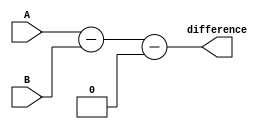
module carry_lookahead_subtractor (
  input [7:0] A, // 8-bit input A
  input [7:0] B, // 8-bit input B
  output reg [7:0] difference // 8-bit output difference
);

wire [7:0] carry_in;
wire [8:0] carry_out;

assign carry_in = 1'b0; // initial carry in is 0 

assign carry_out[0] = carry_in;

assign carry_out[1] = A[0] & B[0];

assign carry_out[2] = A[1] & B[1] | (A[1] & carry_out[1]) | (B[1] & carry_out[1]);

assign carry_out[3] = A[2] & B[2] | (A[2] & carry_out[2]) | (B[2] & carry_out[2]);

assign carry_out[4] = A[3] & B[3] | (A[3] & carry_out[3]) | (B[3] & carry_out[3]);

assign carry_out[5] = A[4] & B[4] | (A[4] & carry_out[4]) | (B[4] & carry_out[4]);

assign carry_out[6] = A[5] & B[5] | (A[5] & carry_out[5]) | (B[5] & carry_out[5]);

assign carry_out[7] = A[6] & B[6] | (A[6] & carry_out[6]) | (B[6] & carry_out[6]);

assign carry_out[8] = A[7] & B[7] | (A[7] & carry_out[7]) | (B[7] & carry_out[7]);

always @* begin
  difference = A - B - carry_in;
end

endmodule